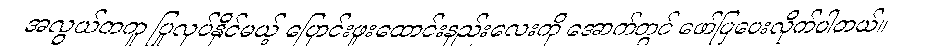
အလွယ်တကူ ပြုလုပ်နိုင်မယ့် ပြောင်းဖူးထောင်းနည်းလေးကို အောက်တွင် ဖော်ပြပေးလိုက်ပါတယ်။